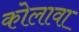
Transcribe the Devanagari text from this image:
कोलावा